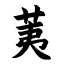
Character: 荑